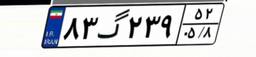
۸۳گ۲۳۹۵۲